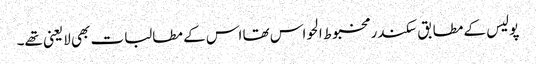
پولیس کے مطابق سکندر مخبوط الحواس تھا اس کے مطالبات بھی لایعنی تھے۔